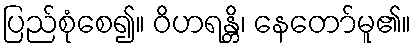
ပြည်စုံစေ၍။ ဝိဟရန္တိ၊ နေတော်မူ၏။